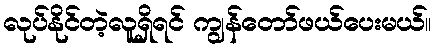
လုပ်နိုင်တဲ့လူရှိရင် ကျွန်တော်ဖယ်ပေးမယ်။